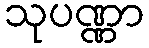
သုပဏ္ဏာ